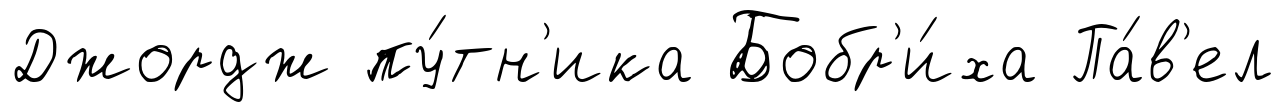
Джордж пу́тн'ика Бобр'и́ха Па́в'ел